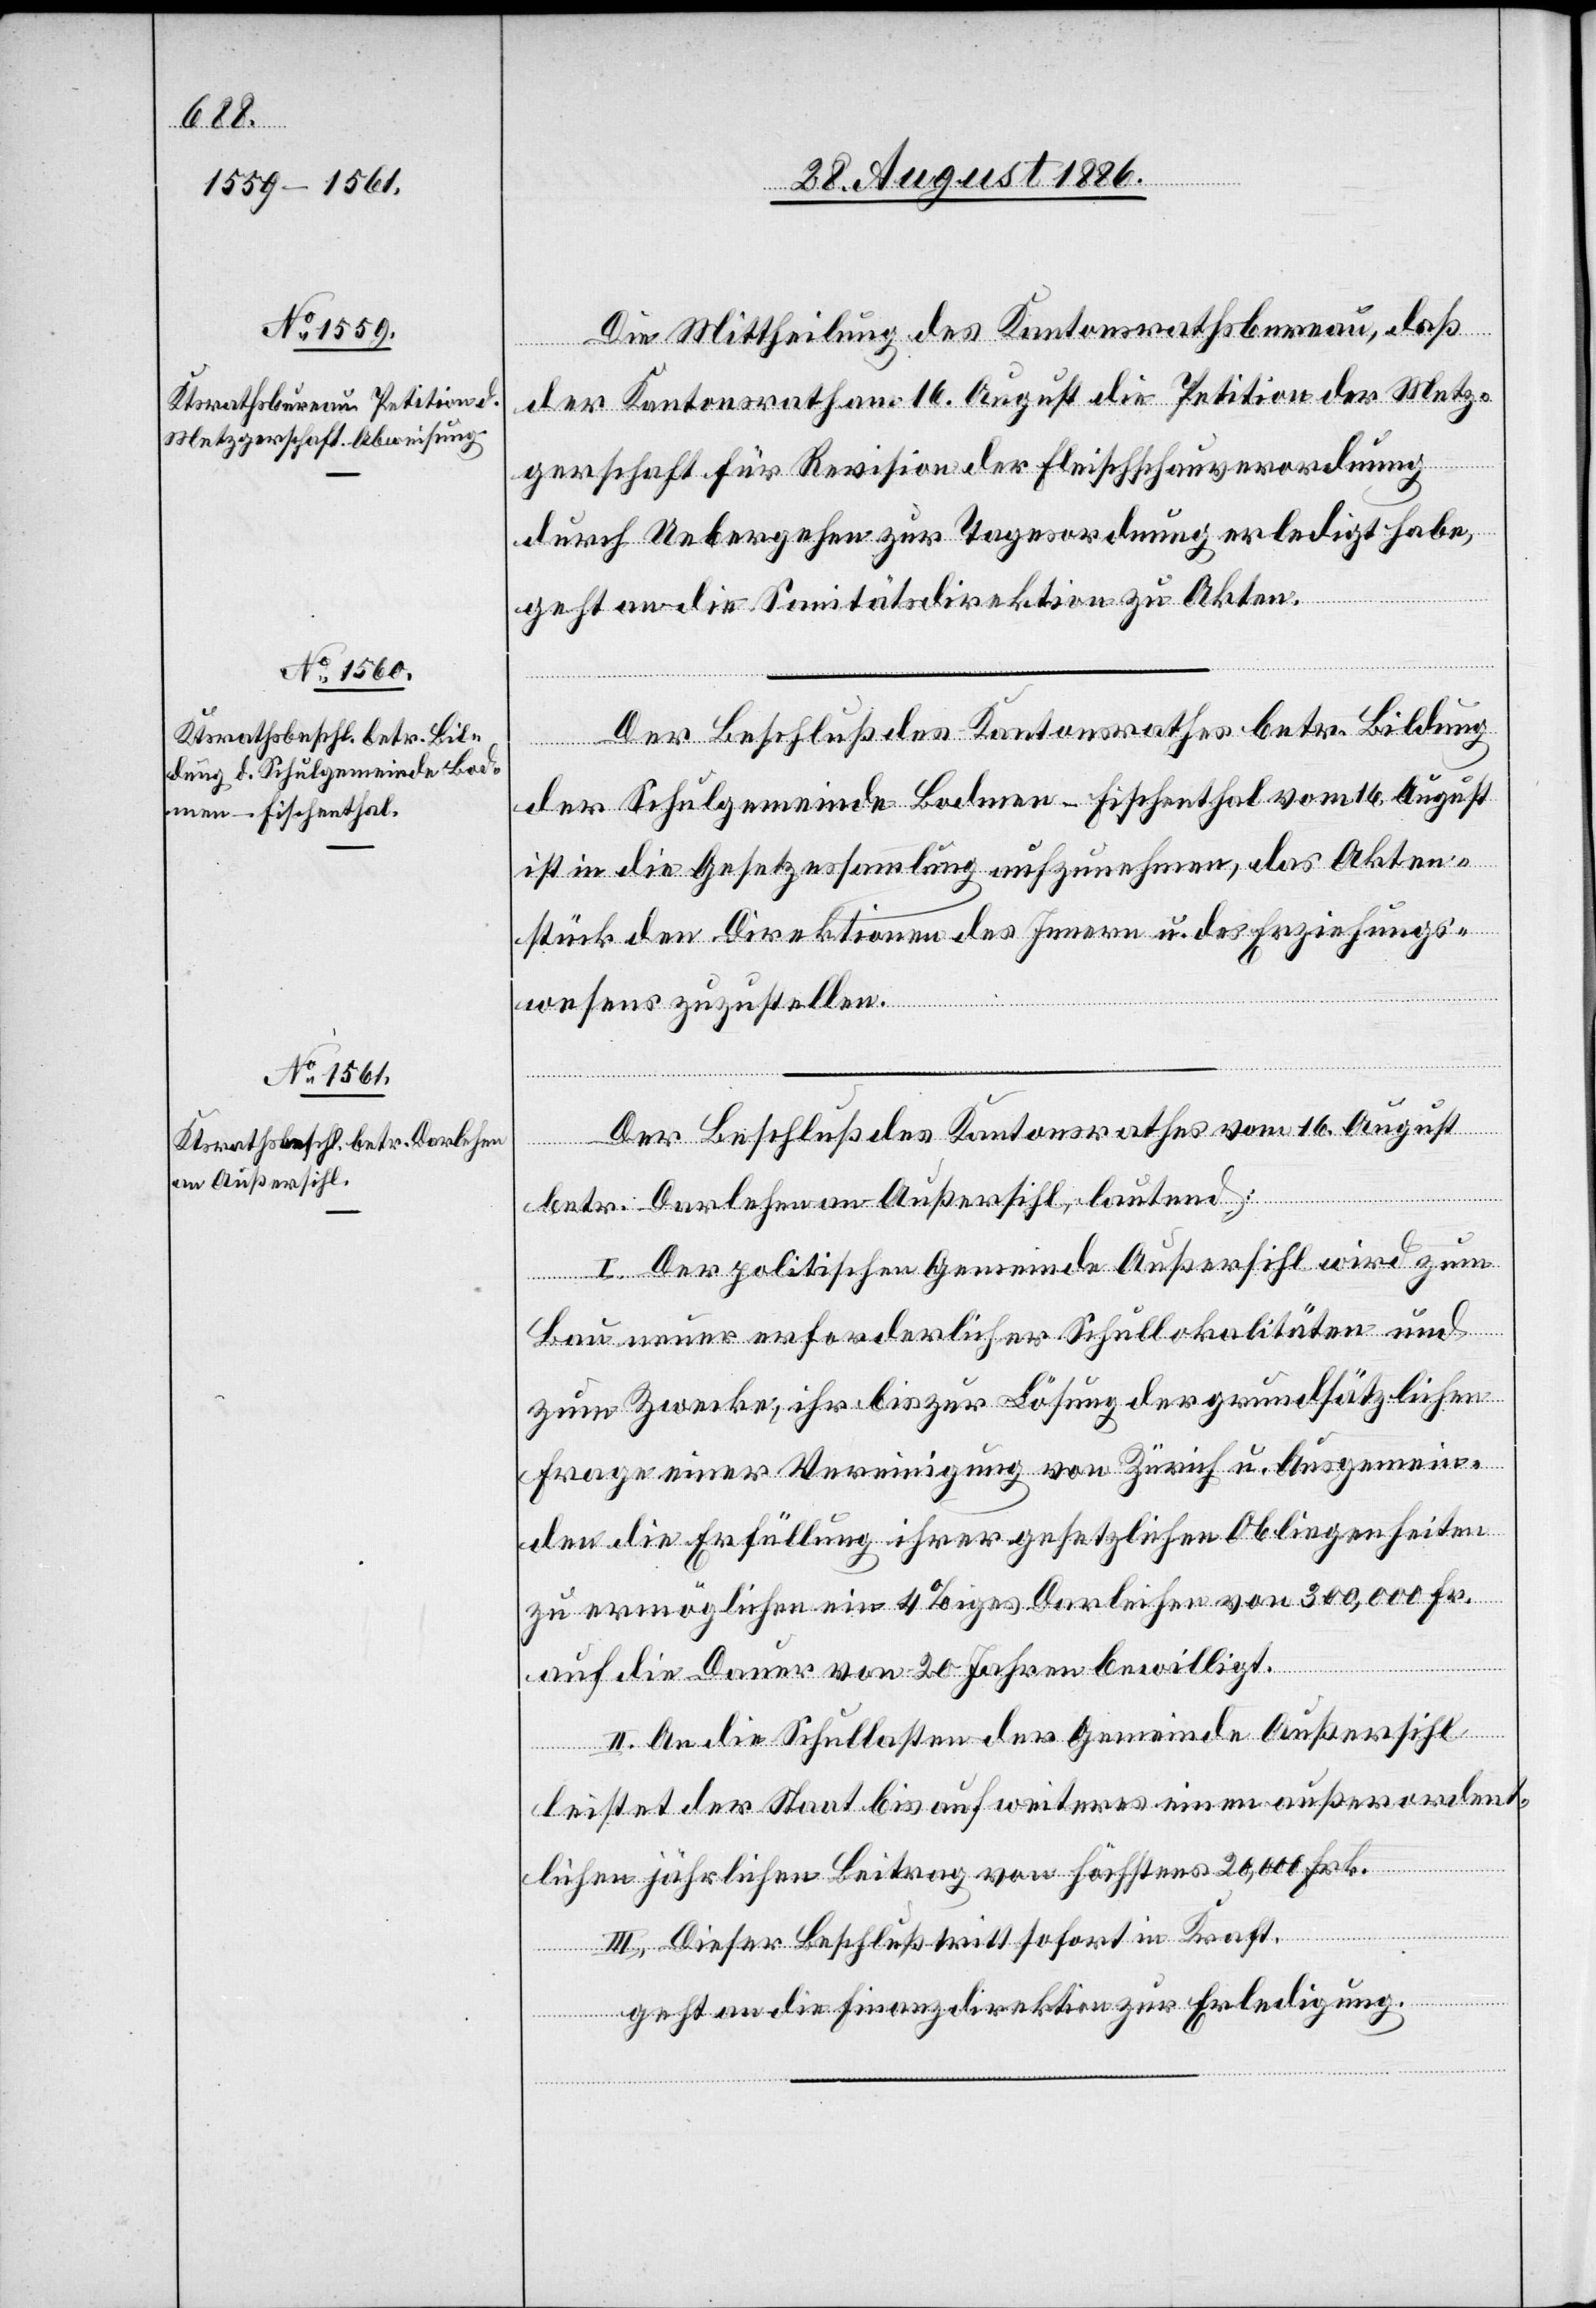
Die Mittheilung des Kantonsrathsbureau, daß
der Kantonsrath am 16. August die Petition der Metz¬
gerschaft für Revision der Fleischschauverordnung
durch Uebergehen zur Tagesordnung erledigt habe,
geht an die Sanitätsdirektion zu Akten.
Der Beschluß des Kantonsrathes betr. Bildung
der Schulgemeinde Bodmen-Fischenthal vom 16. August
ist in die Gesetzessammlung aufzunehmen, das Akten¬
stück den Direktionen des Innern u. des Erziehungs¬
wesens zuzustellen.
Der Beschluß des Kantonsrathes vom 16. August
betr. Darlehen an Außersihl, lautend:
I. Der politischen Gemeinde Außersihl wird zum
Bau neuer erforderlicher Schullokalitäten und
zum Zwecke, ihr bis zur Lösung der grundsätzlichen
Frage einer Vereinigung von Zürich u. Ausgemein¬
den die Erfüllung ihrer gesetzlichen Obliegenheiten
zu ermöglichen ein 4%iges Darleihen von 300,000 Fr.
auf die Dauer von 20 Jahren bewilligt.
II. An die Schullasten der Gemeinde Außersihl
leistet der Staat bis auf weiteres einen außerordent¬
lichen jährlichen Beitrag von höchstens 20,000 Frk.
III. Dieser Beschluß tritt sofort in Kraft.
geht an die Finanzdirektion zur Erledigung.